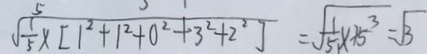
\sqrt { \frac { 1 } { 5 } \times [ 1 ^ { 2 } + 1 ^ { 2 } + 0 ^ { 2 } + 3 ^ { 2 } + 2 ^ { 2 } ] } = \sqrt { \frac { 1 } { 5 } x + 5 ^ { 3 } } = \sqrt { 3 }